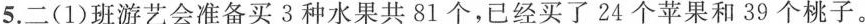
5.二(1)班游艺会准备买3种水果共81个，已经买了24个苹果和39个桃子。